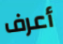
أعرف